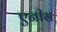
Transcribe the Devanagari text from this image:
एनीस